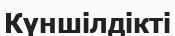
Күншілдікті